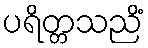
ပရိတ္တသညိံ